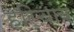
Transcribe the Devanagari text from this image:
हरिचांय